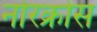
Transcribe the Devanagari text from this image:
नोरक्रोस